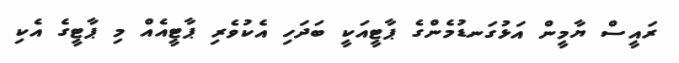
ރައީސް ޔާމީން އަޅުގަނޑުމެންގެ ޕާޓީއަކީ ބަދަހި އެކުވެރި ޕާޓީއެއް މި ޕާޓީގެ އެކި